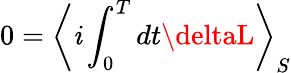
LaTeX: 0=\left<\mathit{i}\int_{0}^{T}dt\deltaL\right>_{S}